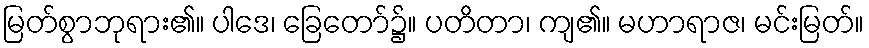
မြတ်စွာဘုရား၏။ ပါဒေ၊ ခြေတော်၌။ ပတိတာ၊ ကျ၏။ မဟာရာဇ၊ မင်းမြတ်။